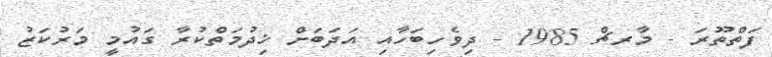
ފަތްތޫރަ - މާރޗް 1985 - ދިވެހިބަހާއި އަދަބަށް ޚިދުމަތްކުރާ ގައުމީ މަރުކަޒު